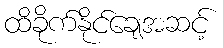
ထိခိုက်နိုင်ချေအဆင့်